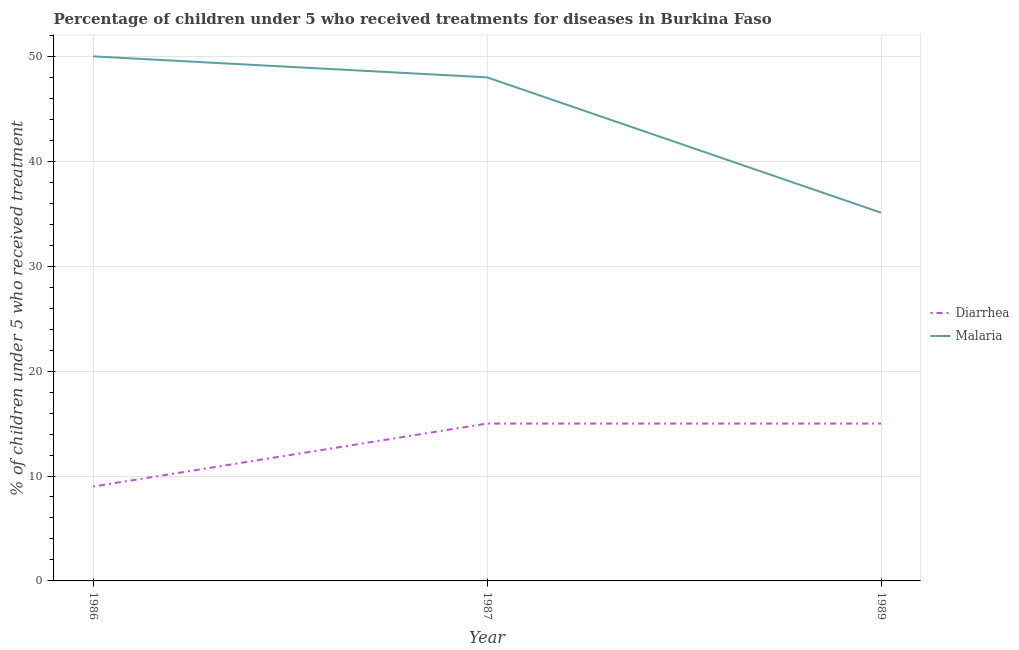
| Year | Diarrhea | Malaria |
 | --- | --- | --- |
 | 1986 | 9 | 50 |
 | 1987 | 15 | 48 |
 | 1989 | 15 | 35.1 |